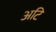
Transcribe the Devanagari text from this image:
अटि